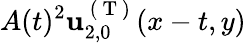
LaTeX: A(t)^{2}\mathbf{u}_{2,0}^{\mathrm{~(~T~)~}}(x-t,y)